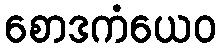
စောဒကံယေဝ